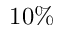
1 0 \%